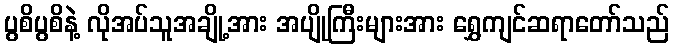
ပွစိပွစိနဲ့ လိုအပ်သူအချို့အား အပျိုကြီးများအား ရွှေကျင်ဆရာတော်သည်